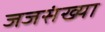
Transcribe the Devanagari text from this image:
जजसंख्या